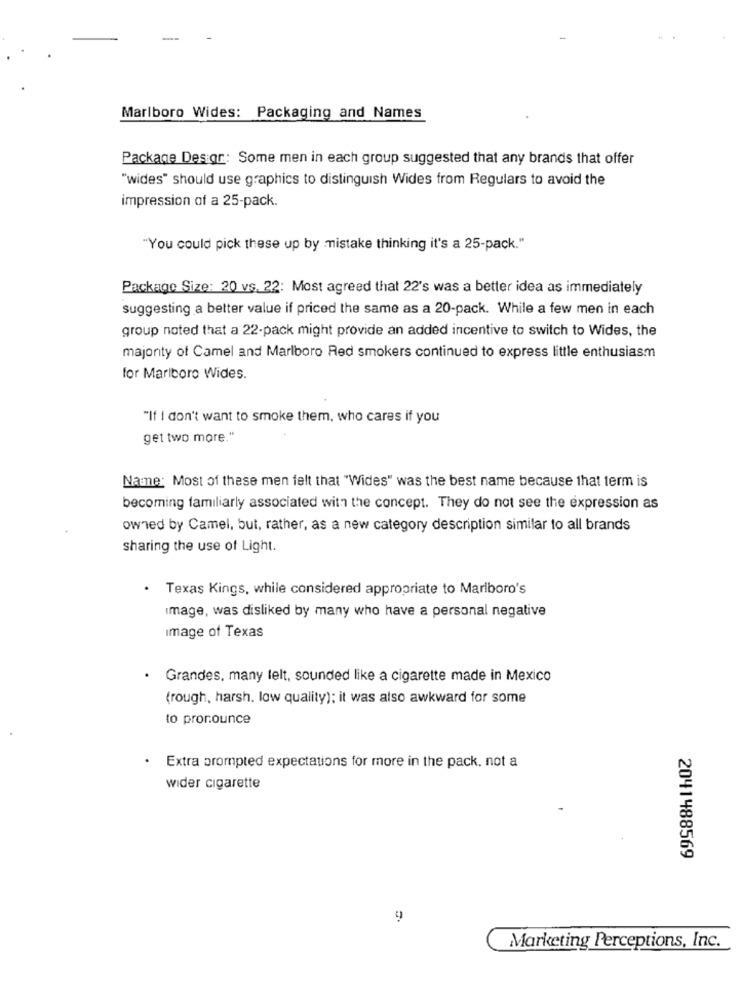
Marlboro Wides: Packaging and Names
Package Des gr: Some men in each group suggested that any brands that offer
"wides" should use graphics to distinguish Wides from Regulars to avoid the
impression of a 25-pack.
"You could pick these up by mistake thinking it's a 25-pack."
Package Size: 20 vs. 22: Most agreed that 22's was a better idea as immediately
suggesting a better value if priced the same as a 20-pack. While a few men in each
group noted that a 22-pack might provide an added incentive to switch to Wides, the
majority of Camel and Marlboro Red smokers continued to express little enthusiasm
for Marlboro Wides.
"If I don't want to smoke them, who cares if you
get two more."
Name: Most of these men felt that "Wides" was the best name because that term is
becoming familiarly associated with the concept. They do not see the expression as
owned by Camel, but, rather, as a new category description similar to all brands
sharing the use of Light.
Texas Kings, while considered appropriate to Marlboro's
Image, was disliked by many who have a personal negative
image of Texas
· Grandes, many lelt, sounded like a cigarette made in Mexico
(rough, harsh. low quality); it was also awkward for some
to pronounce
· Extra prompted expectations for more in the pack, not a
wider cigarette
2041488569
9
Marketing Perceptions, Inc.